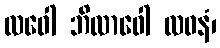
လဝေါ ဘိလာဝေါ လဝနံ၊